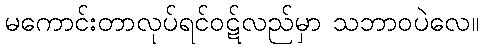
မကောင်းတာလုပ်ရင်ဝဋ်လည်မှာ သဘာဝပဲလေ။